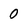
Character: 0